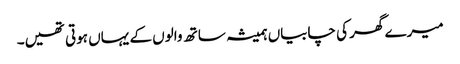
میرے گھر کی چابیاں ہمیشہ ساتھ والوں کے یہاں ہوتی تھیں۔